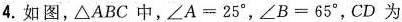
4.如图，\triangle ABC中，$$\angle A=25^{\circ}$$，$$\angle B=65^{\circ}$$，CD为